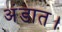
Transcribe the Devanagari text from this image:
अंडात।